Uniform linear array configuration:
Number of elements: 8
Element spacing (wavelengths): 1
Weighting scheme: binomial
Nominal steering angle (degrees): -15
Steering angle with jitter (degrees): -14.514
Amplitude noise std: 0.05
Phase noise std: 0.05

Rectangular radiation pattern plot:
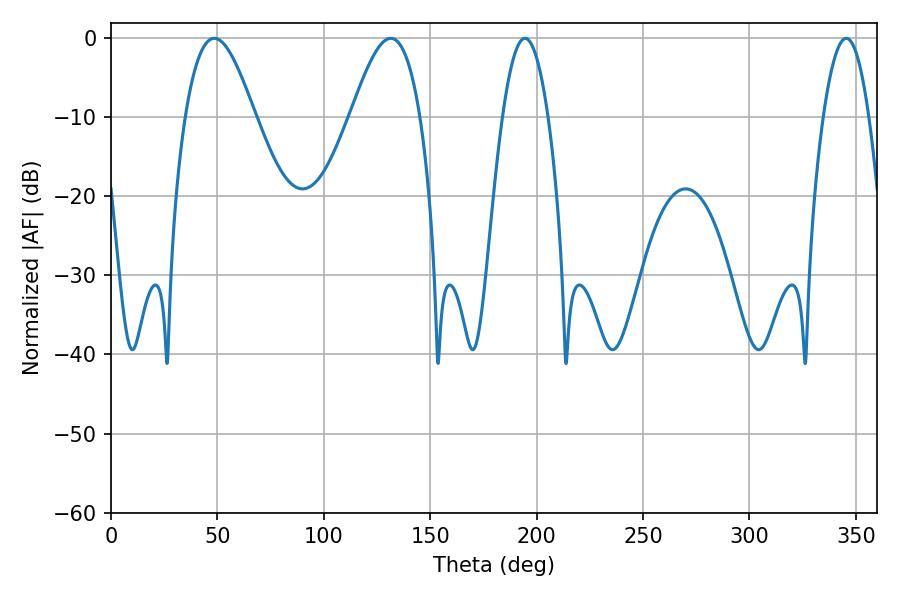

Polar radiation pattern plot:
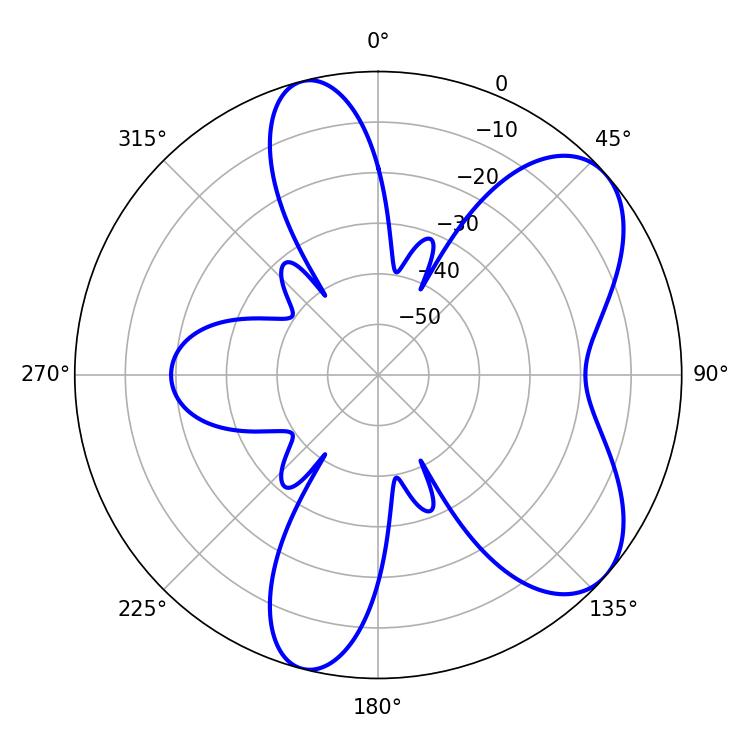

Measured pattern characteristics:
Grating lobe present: TRUE
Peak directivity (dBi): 6.928
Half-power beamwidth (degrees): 17.64
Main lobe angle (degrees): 131.4